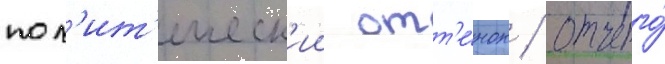
пол'ит'ическ'ии отт'е́нок / отчего́